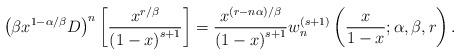
LaTeX: \begin{align*}\left( \beta x^{1-\alpha/\beta}D\right) ^{n}\left[ \frac{x^{r/\beta}}{\left( 1-x\right) ^{s+1}}\right] =\frac{x^{\left( r-n\alpha\right)/\beta}}{\left( 1-x\right) ^{s+1}}w_{n}^{\left( s+1\right) }\left(\frac{x}{1-x};\alpha,\beta,r\right) . \end{align*}